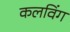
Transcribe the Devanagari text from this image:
कलविंग